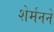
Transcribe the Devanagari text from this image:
शेर्मनने